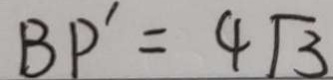
B P ^ { \prime } = 4 \sqrt { 3 }